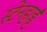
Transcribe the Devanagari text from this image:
स्टेनहार्ड्ट